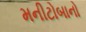
મનીટોબાનો